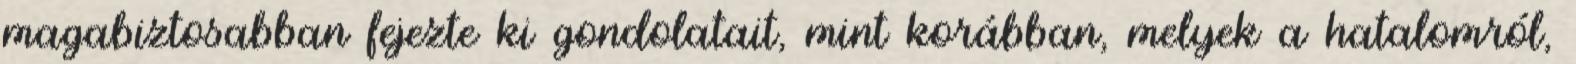
magabiztosabban fejezte ki gondolatait, mint korábban, melyek a hatalomról,